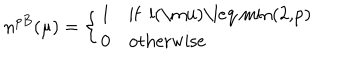
n ^ { p B } ( \mu ) = \left\{ \begin{array} { l l } { { 1 } } & { { \mathrm { i f ~ l ( \ m u ) \leq ~ m i n ( 2 , p ) ~ } } } \\ { { 0 } } & { { \mathrm { o t h e r w i s e } } } \\ \end{array} \right.